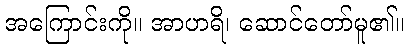
အကြောင်းကို။ အာဟရိ၊ ဆောင်တော်မူ၏။